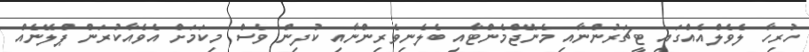
ހުރިހާ ލެވެލްއެއްގައި ޓީޗަރުންނާއި މެނޭޖްމެންޓާއި ބެލެނިވެރިންނާއި ކުދިން ވެސް މިކަމަށް އެވެއާކުރަން ޕްލޭނެއް